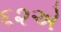
૬૨એ